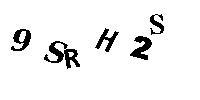
9SRH2S